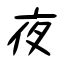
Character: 夜